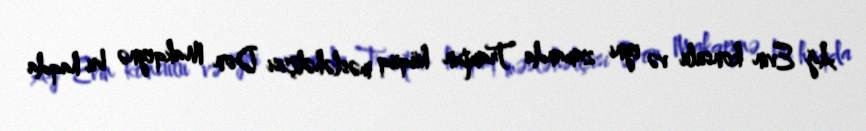
Ağ Evin konsulu və eyni zamanda Trampın hüquq məsləhətçisi Don Makqeynə bu haqda